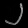
Digit: ၂